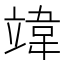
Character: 𫁨